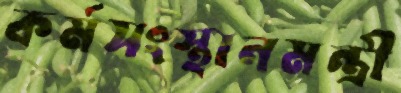
কর্মসংস্থানমন্ত্রী